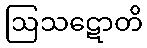
ဩသဋောတိ